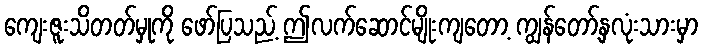
ကျေးဇူးသိတတ်မှုကို ဖော်ပြသည့် ဤလက်ဆောင်မျိုးကျတော့ ကျွန်တော့်နှလုံးသားမှာ